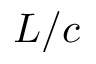
L / c